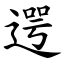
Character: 遌